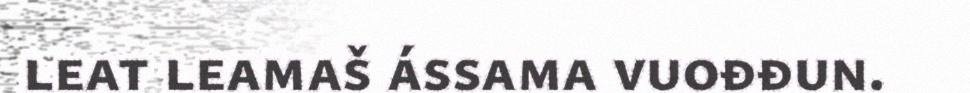
leat leamaš ássama vuođđun.